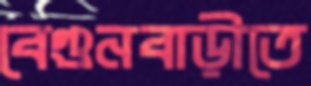
বেগুনবাড়ীতে